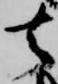
去